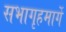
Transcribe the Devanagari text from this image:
सभागृहमार्गे